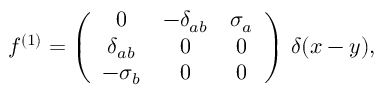
f ^ { ( 1 ) } = \left( \begin{array} { c c c } { { 0 } } & { { - \delta _ { a b } } } & { { \sigma _ { a } } } \\ { { \delta _ { a b } } } & { { 0 } } & { { 0 } } \\ { { - \sigma _ { b } } } & { { 0 } } & { { 0 } } \end{array} \right) \, \delta ( x - y ) ,